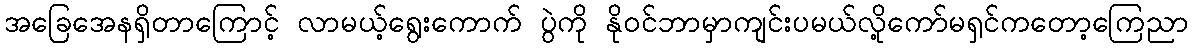
အခြေအေနရှိတာကြောင့် လာမယ့်ရွေးကောက် ပွဲကို နိုဝင်ဘာမှာကျင်းပမယ်လို့ကော်မရှင်ကတော့ကြေညာ